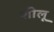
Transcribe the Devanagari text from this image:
शीलू